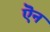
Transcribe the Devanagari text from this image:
ऎन